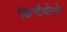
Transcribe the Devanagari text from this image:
डिर्न्टदोनों